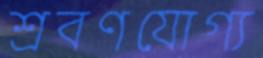
শ্রবণযোগ্য